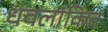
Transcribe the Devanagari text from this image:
धवलांकित